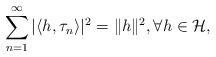
LaTeX: \begin{align*}\sum_{n=1}^\infty |\langle h, \tau_n\rangle|^2=\|h\|^2, \forall h \in \mathcal{H},\end{align*}